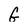
Character: G